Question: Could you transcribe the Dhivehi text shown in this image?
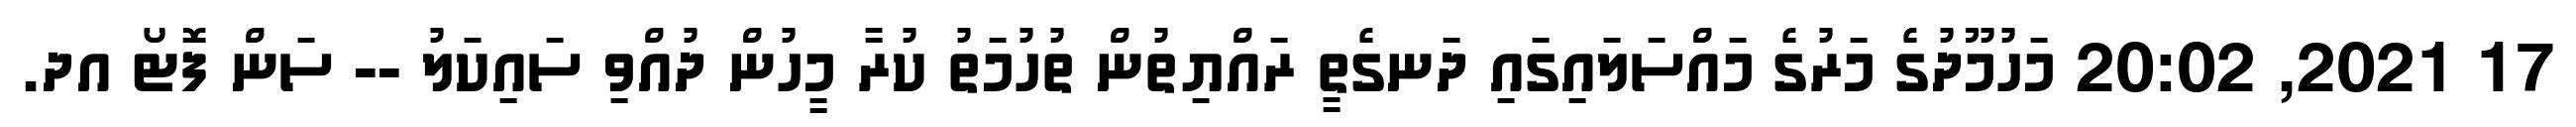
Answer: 17 2021, 20:02 މަހުމޫދުގެ މަރުގެ މައްސަލައިގައި ދަނގެތީ ރައްޔިތުން ތުހުމަތު ކުރާ މީހުން ދުއްވި ސައިކަލު -- ސަން ފޮޓޯ އދ.